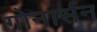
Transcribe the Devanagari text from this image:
गोनार्सन